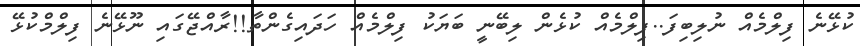
ކުޅޭނެ ފިލްމެއް ނުލިބިފަ..ފިލްމެއް ކުޅެން ލިބޭނީ ބަޔަކު ފިލްމެއް ހަދައިގެންތާ!!ރާއްޖޭގައި ނޫޅޭނެ ފިލްމްކުޅޭ